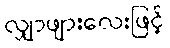
လျှာဖျားလေးဖြင့်